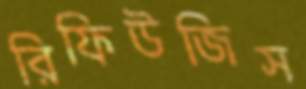
রিফিউজিস